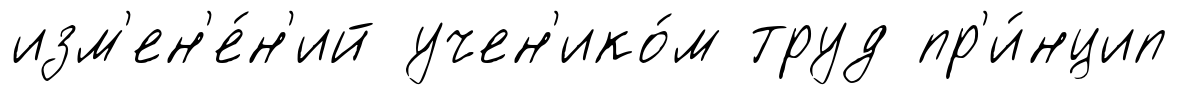
изм'ен'е́н'ий учен'ико́м труд пр'и́нцип